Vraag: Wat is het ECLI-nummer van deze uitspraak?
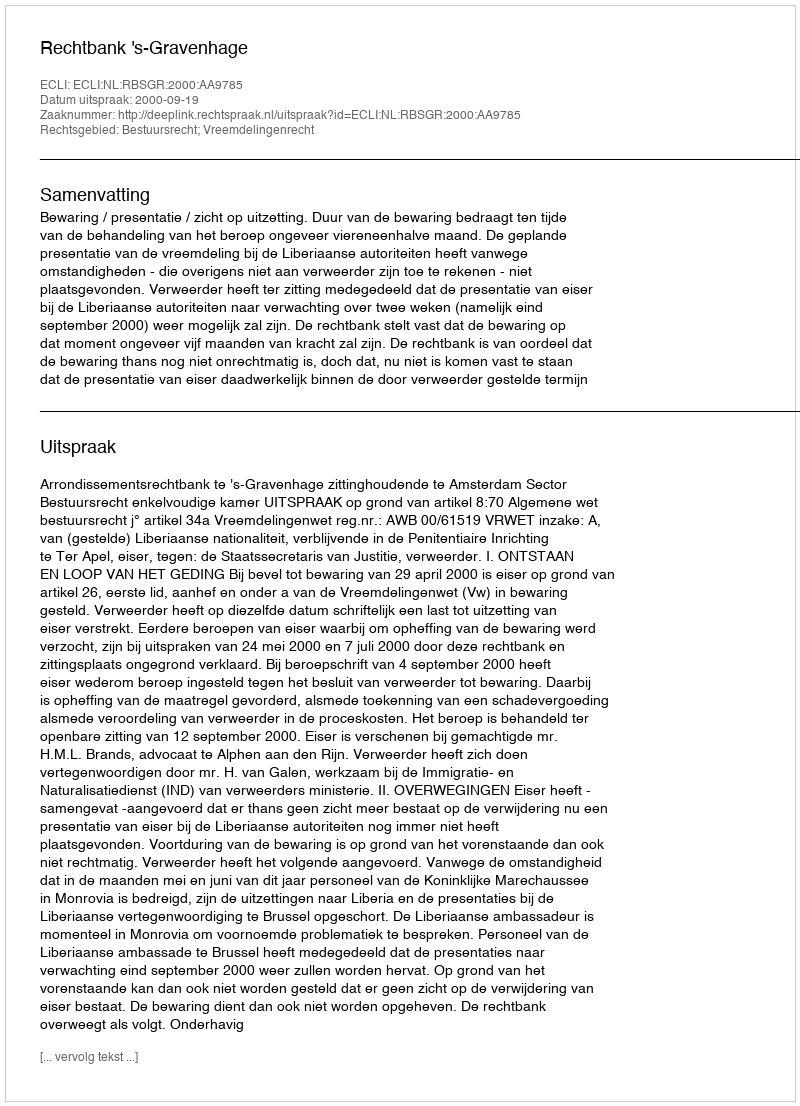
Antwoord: ECLI:NL:RBSGR:2000:AA9785